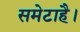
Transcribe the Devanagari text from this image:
समेटाहै।